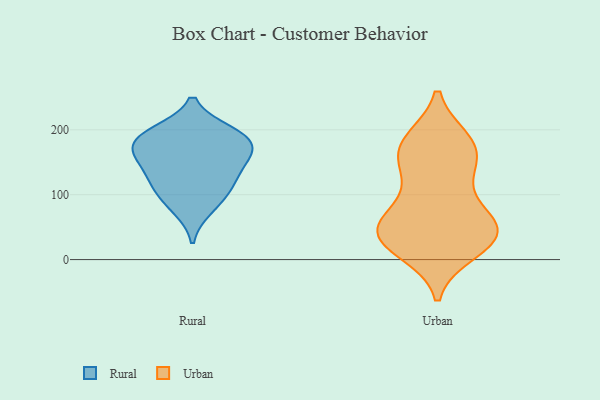
{"axis": {"x": "Temperature (°C)", "y": "Value"}, "legend": ["Rural", "Urban"], "data": [{"x": "", "y": 197, "type": "Rural"}, {"x": "", "y": 127, "type": "Rural"}, {"x": "", "y": 160, "type": "Rural"}, {"x": "", "y": 145, "type": "Rural"}, {"x": "", "y": 188, "type": "Rural"}, {"x": "", "y": 100, "type": "Rural"}, {"x": "", "y": 115, "type": "Rural"}, {"x": "", "y": 167, "type": "Rural"}, {"x": "", "y": 194, "type": "Rural"}, {"x": "", "y": 175, "type": "Rural"}, {"x": "", "y": 78, "type": "Rural"}, {"x": "", "y": 183, "type": "Urban"}, {"x": "", "y": 57, "type": "Urban"}, {"x": "", "y": 72, "type": "Urban"}, {"x": "", "y": 62, "type": "Urban"}, {"x": "", "y": 36, "type": "Urban"}, {"x": "", "y": 22, "type": "Urban"}, {"x": "", "y": 177, "type": "Urban"}, {"x": "", "y": 50, "type": "Urban"}, {"x": "", "y": 13, "type": "Urban"}, {"x": "", "y": 45, "type": "Urban"}, {"x": "", "y": 116, "type": "Urban"}, {"x": "", "y": 148, "type": "Urban"}, {"x": "", "y": 30, "type": "Urban"}, {"x": "", "y": 32, "type": "Urban"}, {"x": "", "y": 180, "type": "Urban"}, {"x": "", "y": 172, "type": "Urban"}, {"x": "", "y": 140, "type": "Urban"}]}